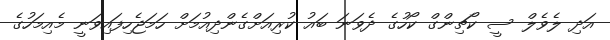
އަދި ލެވެލް ސީ ކޯޗިންގް ކޯހުގެ ދެވަނަ ބައު ކުރިއަށްގެންދިއުމަށް ހަމަޖެހިފައިވަނީ މެއިމަހުގެ